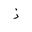
Letter: _thal